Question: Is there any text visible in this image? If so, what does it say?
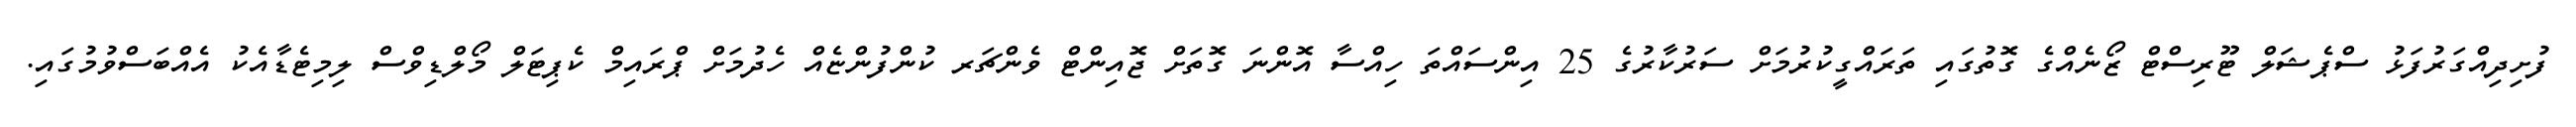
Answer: ފުށިދިއްގަރުފަޅު ސްޕެޝަލް ޓޫރިސްޓް ޒޯނެއްގެ ގޮތުގައި ތަރައްގީކުރުމަށް ސަރުކާރުގެ 25 އިންސައްތަ ހިއްސާ އޮންނަ ގޮތަށް ޖޮއިންޓް ވެންޗަރ ކުންފުންޏެއް ހެދުމަށް ޕްރައިމް ކެޕިޓަލް މޯލްޑިވްސް ލިމިޓެޑާއެކު އެއްބަސްވުމުގައި.